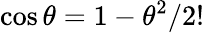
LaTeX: \cos\theta=1-{\theta}^{2}/{2!}